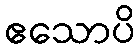
ဧသောပိ